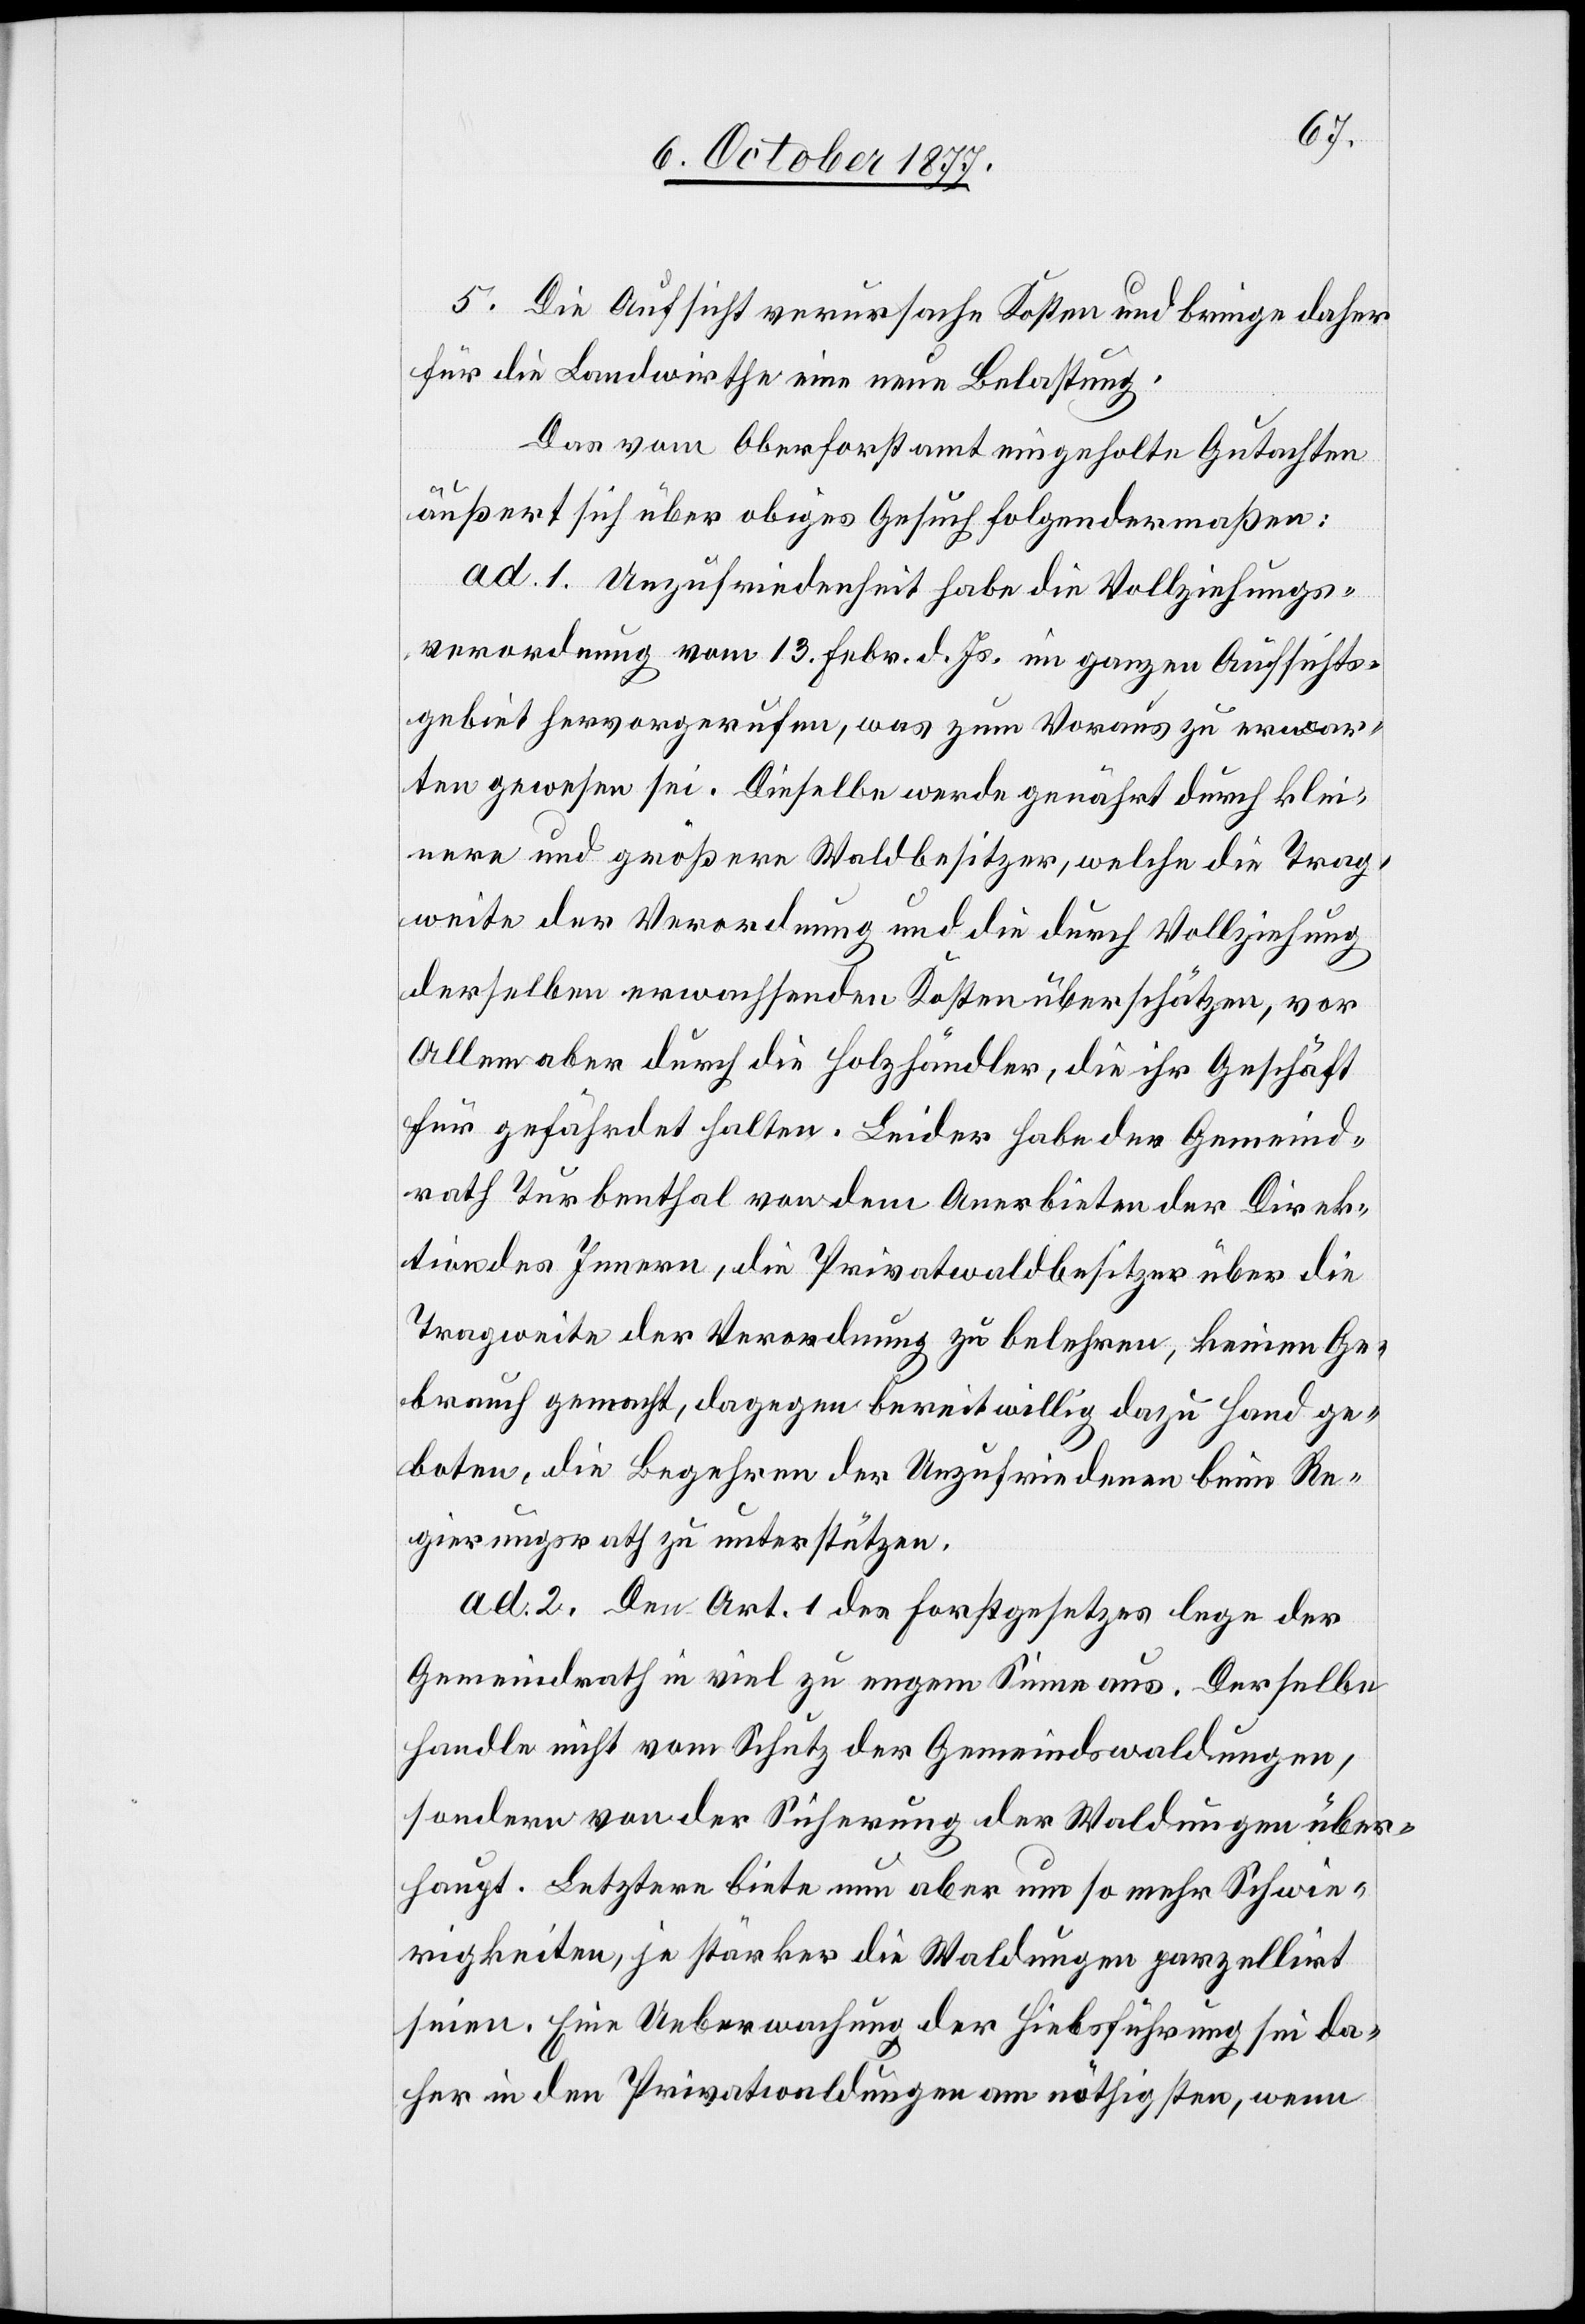
5. Die Aufsicht verursache Kosten und bringe daher
für die Landwirthe eine neue Belastung.
Das vom Oberforstamt eingeholte Gutachten
äußert sich über obiges Gesuch folgendermaßen:
ad. 1. Unzufriedenheit habe die Vollziehungs¬
verordnung vom 13. Febr. d. Js. im ganzen Aufsichts¬
gebiet hervorgerufen, was zum Voraus zu erwar¬
ten gewesen sei. Dieselbe werde genährt durch klei¬
nere und größere Waldbesitzer, welche die Trag¬
weite der Verordnung und die durch Vollziehung
derselben erwachsenden Kosten überschätzen, vor
Allem aber durch die Holzhändler, die ihr Geschäft
für gefährdet halten. Leider habe der Gemeind¬
rath Turbenthal von dem Anerbieten der Direk¬
tion des Innern, die Privatwaldbesitzer über die
Tragweite der Verordnung zu belehren, keinen Ge¬
brauch gemacht, dagegen bereitwillig dazu Hand ge¬
boten, die Begehren der Unzufriedenen beim Re¬
gierungsrath zu unterstützen.
ad. 2. Den Art. 1 des Forstgesetzes lege der
Gemeindrath in viel zu engem Sinne aus. Derselbe
handle nicht vom Schutz der Gemeindswaldungen,
sondern von der Sicherung der Waldungen über¬
haupt. Letztere biete nun aber um so mehr Schwie¬
rigkeiten, je stärker die Waldungen parzellirt
seien. Eine Ueberwachung der Hiebsführung sei da¬
her in den Privatwaldungen am nöthigsten, wenn